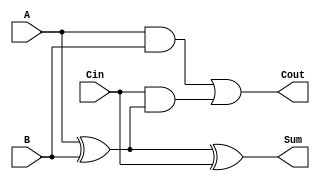
module FullAdder (
    input wire A,      // First binary input
    input wire B,      // Second binary input
    input wire Cin,    // Carry-in input
    output wire Sum,   // Sum output
    output wire Cout   // Carry-out output
);

    // Sum calculation using XOR
    assign Sum = A ^ B ^ Cin;

    // Carry-out calculation
    assign Cout = (A & B) | (Cin & (A ^ B));

endmodule